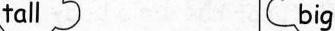
tall big